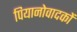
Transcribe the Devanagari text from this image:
पियानोवादकों